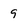
Character: 9